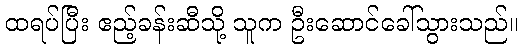
ထရပ်ပြီး ဧည့်ခန်းဆီသို့ သူက ဦးဆောင်ခေါ်သွားသည်။